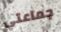
جماعتي